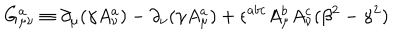
\hspace { 3 c m } G _ { \mu \nu } ^ { a } \equiv \partial _ { \mu } ( \gamma A _ { \nu } ^ { a } ) - \partial _ { \nu } ( \gamma A _ { \mu } ^ { a } ) + \epsilon ^ { a b c } A _ { \mu } ^ { b } A _ { \nu } ^ { c } ( \beta ^ { 2 } - \gamma ^ { 2 } )